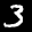
Label: 3